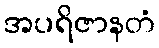
အပရိဇာနတံ